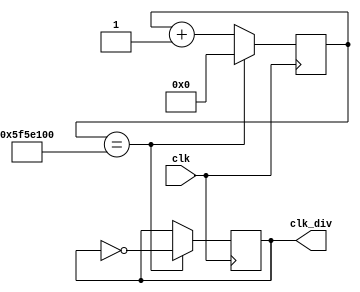
`timescale 1ns / 1ps
//clock divider
module clk_div(input clk, output reg clk_div);
    reg [31:0] cnt;
    always @ (posedge clk)
        if (cnt==32'd100000000)
            begin
                cnt<=0;
                clk_div<=~clk_div;
            end
        else
            cnt<=cnt+1;
endmodule